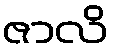
ဇာလိ